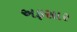
અફસાર